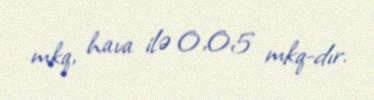
mkq, hava ilə 0,05 mkq-dır.